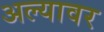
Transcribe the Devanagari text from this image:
अल्यावर